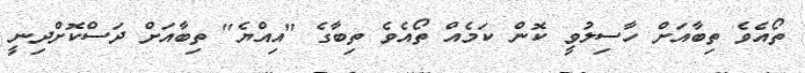
ތޯއެވެ ތިބާއަށް ހާސިލުވީ ކޮން ކަމެއް ތޯއެވެ ތިބާގެ "އިއްޔެ" ތިބާއަށް ދަސްކޮށްދިނީ